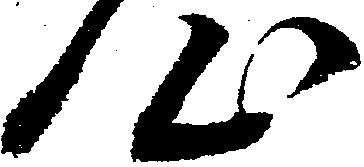
心